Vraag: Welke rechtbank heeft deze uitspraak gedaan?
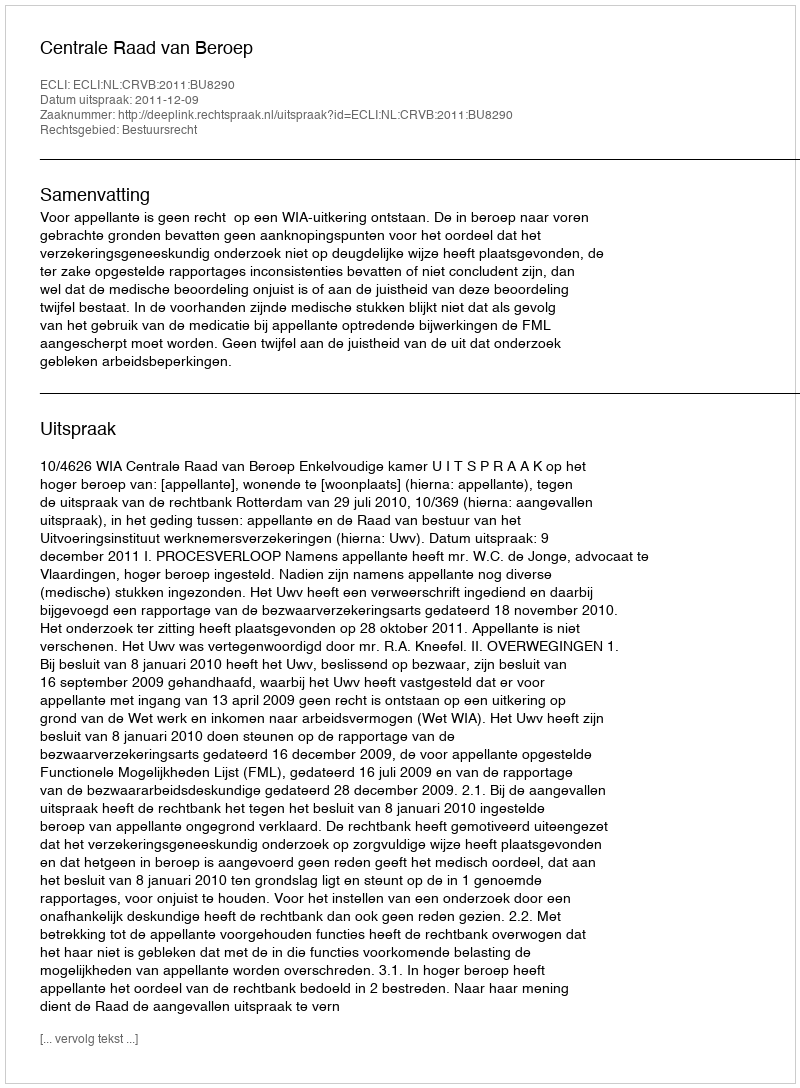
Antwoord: Centrale Raad van Beroep